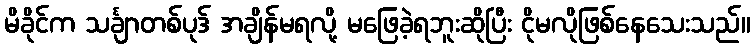
မိခိုင်က သင်္ချာတစ်ပုဒ် အချိန်မရလို့ မဖြေခဲ့ရဘူးဆိုပြီး ငိုမလိုဖြစ်နေသေးသည်။